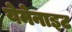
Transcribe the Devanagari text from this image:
येमेनाइट